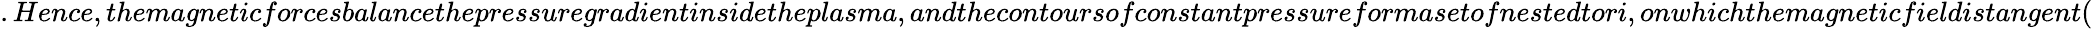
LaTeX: .Hence,themagneticforcesbalancethepressuregradientinsidetheplasma,andthecontoursofconstantpressureformasetofnestedtori,onwhichthemagneticfieldistangent(